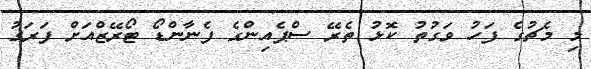
މި މެޗުގެ ފަހު ވަގުތު ކޮޅު ތެރޭ ސްޕެއިންގެ ފެނާންޑޯ ޓޯރޭޒްއަށް ފަރަގު